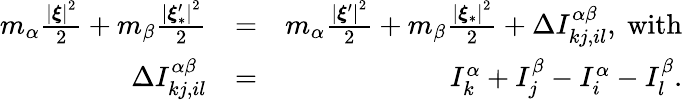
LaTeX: \begin{array}{rlr}{m_{\alpha}\frac{\left\vert\boldsymbol{\xi}\right\vert^{2}}{2}+m_{\beta}\frac{\left\vert\boldsymbol{\xi}_{\ast}^{\prime}\right\vert^{2}}{2}}&{=}&{m_{\alpha}\frac{\left\vert\boldsymbol{\xi}^{\prime}\right\vert^{2}}{2}+m_{\beta}\frac{\left\vert\boldsymbol{\xi}_{\ast}\right\vert^{2}}{2}+\Delta I_{kj,il}^{\alpha\beta}\mathrm{,~with}}\\ {\Delta I_{kj,il}^{\alpha\beta}}&{=}&{I_{k}^{\alpha}+I_{j}^{\beta}-I_{i}^{\alpha}-I_{l}^{\beta}\mathrm{.}}\end{array}